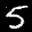
Label: 5